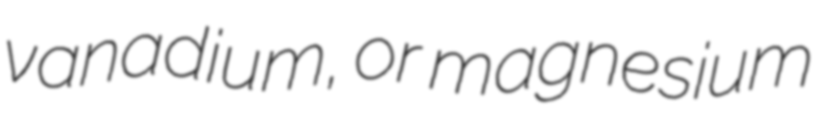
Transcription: vanadium, or magnesium